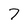
Character: 7